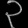
Digit: ၃